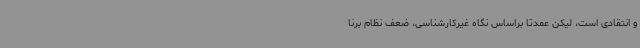
و انتقادی است، لیکن عمدتاً براساس نگاه غیرکارشناسی، ضعف نظام برنا